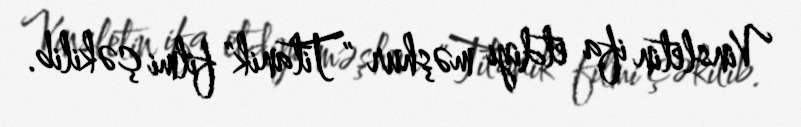
Vinsletin ifa etdiyi məşhur "Titanik" filmi çəkilib.